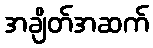
အချိတ်အဆက်